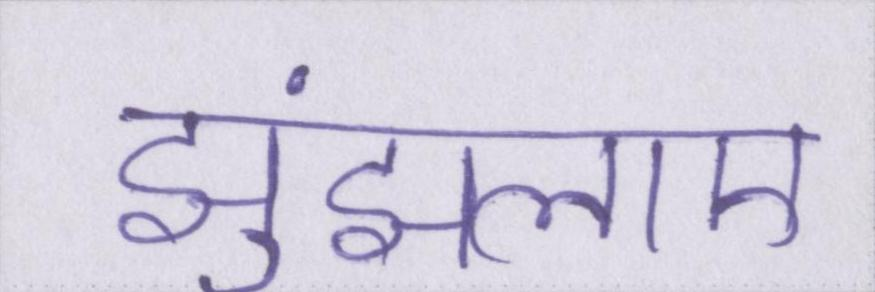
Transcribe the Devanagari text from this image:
झुंझलाए